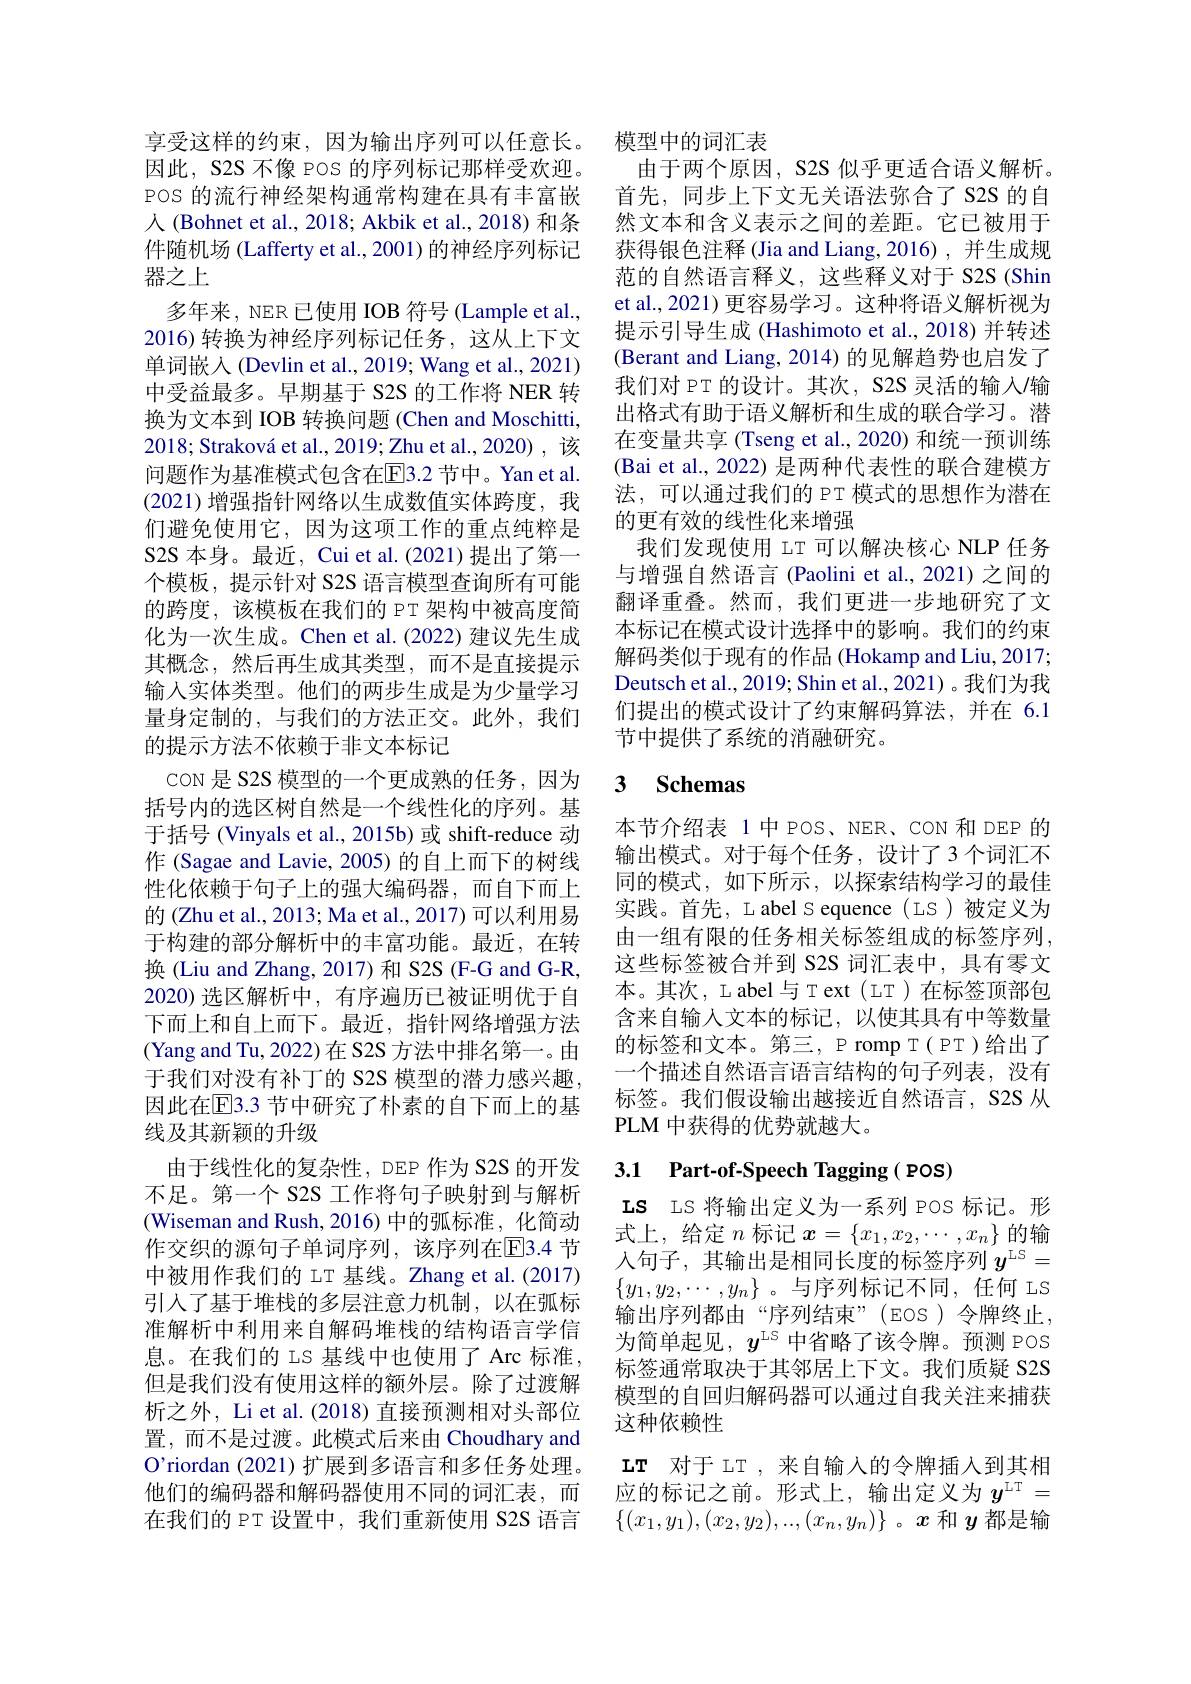
享受这样的约束，因为输出序列可以任意长。因此，S2S 不像 POS 的序列标记那样受欢迎。POS 的流行神经架构通常构建在具有丰富嵌人 (Bohnet et al., 2018; Akbik et al., 2018) 和条件随机场 (Lafferty et al., 2001) 的神经序列标记器之上
多年来，NER 已使用 IOB 符号 (Lample et al., 2016)转换为神经序列标记任务，这从上下文单词嵌入(Devlin et al., 2019; Wang et al., 2021) 中受益最多。早期基于 S2S 的工作将 NER 转换为文本到 IOB 转换问题 (Chen and Moschitti, $2018; \text{Strakov\'{a} et al. , 2019; Zhu et al. , 2020) , 该 }$ 问题作为基准模式包含在$\overline{\mathrm{E}}$3.2 节中。Yan et al. (2021)增强指针网络以生成数值实体跨度，我们避免使用它，因为这项工作的重点纯粹是S2S 本身。最近，Cui et al.(2021) 提出了第一个模板，提示针对 S2S 语言模型查询所有可能的跨度，该模板在我们的 PT 架构中被高度简化为一次生成。Chen et al.(2022) 建议先生成其概念，然后再生成其类型，而不是直接提示输入实体类型。他们的两步生成是为少量学习量身定制的，与我们的方法正交。此外，我们的提示方法不依赖于非文本标记
coN 是 S2S 模型的一个更成熟的任务，因为括号内的选区树自然是一个线性化的序列。基于括号 (Vinyals et al., 2015b) 或 shift-reduce 动作 (Sagae and Lavie, 2005) 的自上而下的树线性化依赖于句子上的强大编码器，而自下而上的 (Zhu et al., 2013; Ma et al., 2017) 可以利用易于构建的部分解析中的丰富功能。最近，在转换 (Liu and Zhang, 2017) 和 S2S (F-G and G-R, 2020) 选区解析中，有序遍历已被证明优于自下而上和自上而下。最近，指针网络增强方法(Yang and Tu, 2022) 在 S2S 方法中排名第一。由于我们对没有补丁的 S2S 模型的潜力感兴趣， 因此在[E]3.3 节中研究了朴素的自下而上的基线及其新颖的升级
由于线性化的复杂性，DEP 作为 S2S 的开发不足。第一个 S2S 工作将句子映射到与解析(Wiseman and Rush, 2016)中的弧标准，化简动作交织的源句子单词序列，该序列在$\overline{\mathrm{E}}$3.4 节中被用作我们的 LT 基线。Zhang et al.(2017) 引入了基于堆栈的多层注意力机制，以在弧标准解析中利用来自解码堆栈的结构语言学信息。在我们的 LS 基线中也使用了 Arc 标准， 但是我们没有使用这样的额外层。除了过渡解析之外，Li et al.(2018) 直接预测相对头部位置，而不是过渡。此模式后来由 Choudhary and O'riordan (2021)扩展到多语言和多任务处理。他们的编码器和解码器使用不同的词汇表，而在我们的 PT 设置中，我们重新使用 S2S 语言

模型中的词汇表
由于两个原因，S2S 似乎更适合语义解析。首先，同步上下文无关语法弥合了S2S 的自然文本和含义表示之间的差距。它已被用于获得银色注释 (Jia and Liang,2016),并生成规范的自然语言释义，这些释义对于 S2S (Shin et al., 2021) 更容易学习。这种将语义解析视为提示引导生成 (Hashimoto et al., 2018) 并转述(Berant and Liang, 2014) 的见解趋势也启发了我们对 PT 的设计。其次，S2S 灵活的输入/输出格式有助于语义解析和生成的联合学习。潜在变量共享 (Tseng et al., 2020) 和统一预训练(Bai et al., 2022) 是两种代表性的联合建模方法，可以通过我们的 PT 模式的思想作为潜在的更有效的线性化来增强
我们发现使用 LT 可以解决核心 NLP 任务与增强自然语言(Paolini et al., 2021)之间的翻译重叠。然而，我们更进一步地研究了文本标记在模式设计选择中的影响。我们的约束解码类似于现有的作品 (Hokamp and Liu, 2017; Deutsch et al., 2019; Shin et al., 2021)。我们为我们提出的模式设计了约束解码算法，并在 6.1节中提供了系统的消融研究。

# 3 $\textbf{Schemas}$

本节介绍表 1 中 POS、 NER、CON 和 DEP 的输出模式。对于每个任务，设计了3个词汇不同的模式，如下所示，以探索结构学习的最佳实践。首先，L abel S equence ( LS )被定义为由一组有限的任务相关标签组成的标签序列， 这些标签被合并到 S2S 词汇表中，具有零文本。其次，L abel 与 T ext ( LT ) 在标签顶部包含来自输入文本的标记，以使其具有中等数量的标签和文本。第三，P romp T( PT)给出了一个描述自然语言语言结构的句子列表，没有标签。我们假设输出越接近自然语言，S2S 从PLM 中获得的优势就越大。

# 3.1 Part-of-Speech Tagging( POS)

IS LS 将输出定义为一系列 POS 标记。形式上，给定$n$标记$x=\{x_1,x_2,\cdots,x_n\}$的输人句子，其输出是相同长度的标签序列$y^\mathrm{LS}=$ $\{y_1,y_2,\cdots,y_n\}$。与序列标记不同，任何 LS 输出序列都由“序列结束”(EOS)令牌终止， 为简单起见，$y^\mathrm{LS}$中省略了该令牌。预测 POS 标签通常取决于其邻居上下文。我们质疑 S2S 模型的自回归解码器可以通过自我关注来捕获这种依赖性
$\mathbf{LT}$对于 LT , 来自输入的令牌插人到其相应的标记之前。形式上，输出定义为$y^\mathrm{LT}=$ $\{(x_1,y_1),(x_2,y_2),...,(x_n,y_n)\}$ 。$x$和$y$都是输